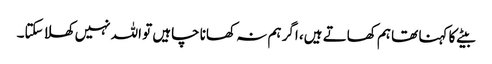
بیٹے کا کہنا تھا ہم کھاتے ہیں، اگر ہم نہ کھانا چاہیں تو اللہ نہیں کھلا سکتا۔